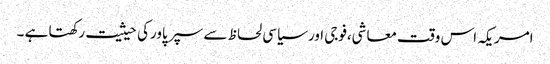
امریکہ اس وقت معاشی،فوجی اور سیاسی لحاظ سے سپر پاورکی حیثیت رکھتا ہے ۔